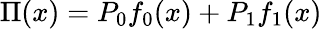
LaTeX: \Pi(x)=P_{0}f_{0}(x)+P_{1}f_{1}(x)